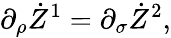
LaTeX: \partial_{\rho}\dot{Z}^{1}=\partial_{\sigma}\dot{Z}^{2},